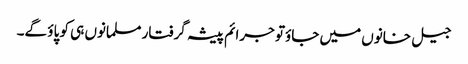
جیل خانوں میں جاؤتو جرائم پیشہ گرفتار مسلمانوں ہی کو پاؤ گے۔